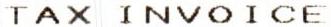
TAX INVOICE